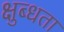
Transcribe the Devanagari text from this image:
क्षुब्धता